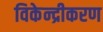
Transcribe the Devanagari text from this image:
विकेन्‍द्रीकरण